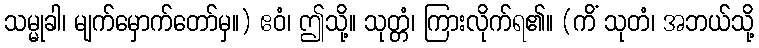
သမ္မုခါ၊ မျက်မှောက်တော်မှ။) ဧဝံ၊ ဤသို့။ သုတ္တံ၊ ကြားလိုက်ရ၏။ (ကိံ သုတံ၊ အဘယ်သို့